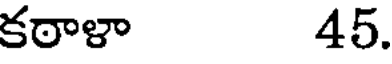
కఠాళా 45.